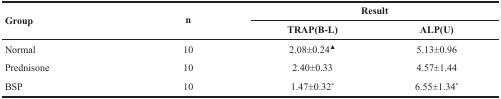
<table><thead><tr><td rowspan="2"><b>Group</b></td><td rowspan="2"><b>n</b></td><td colspan="2"><b>Result</b></td></tr><tr><td><b>TRAP(B-L)</b></td><td><b>ALP(U)</b></td></tr></thead><tbody><tr><td>Normal</td><td>10</td><td>2.08±0.24<sup>▲</sup></td><td>5.13±0.96</td></tr><tr><td>Prednisone</td><td>10</td><td>2.40±0.33</td><td>4.57±1.44</td></tr><tr><td>BSP</td><td>10</td><td>1.47±0.32<sup>*</sup></td><td>6.55±1.34<sup>*</sup></td></tr></tbody></table>